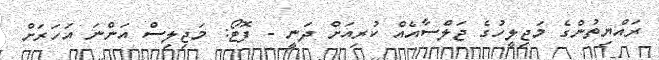
ރައްޔިތުންގެ މަޖިލީހުގެ ޖަލްސާއެއް ކުރިއަށް ދަނީ - ފޮޓޯ: މަޖިލިސް އަންނަ އަހަރަށް